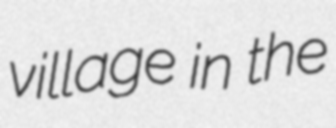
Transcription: village in the